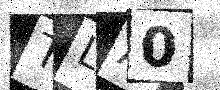
Text: TLA0